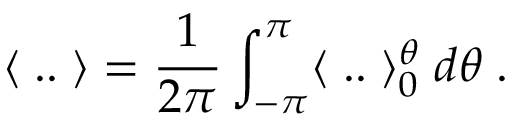
\langle \; . . \; \rangle = \frac { 1 } { 2 \pi } \int _ { - \pi } ^ { \pi } \langle \; . . \; \rangle _ { 0 } ^ { \theta } \; d \theta \; .